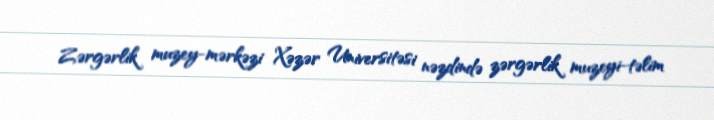
Zərgərlik muzey-mərkəzi Xəzər Universitəsi nəzdində zərgərlik muzeyi-təlim